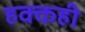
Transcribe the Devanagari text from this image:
हक्कही